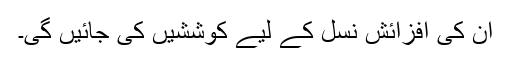
ان کی افزائش نسل کے لیے کوششیں کی جائیں گی۔